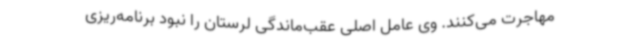
مهاجرت می‌کنند. وی عامل اصلی عقب‌ماندگی لرستان را نبود برنامه‌ریزی